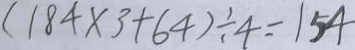
( 1 8 4 \times 3 + 6 4 ) \div 4 = 1 5 4